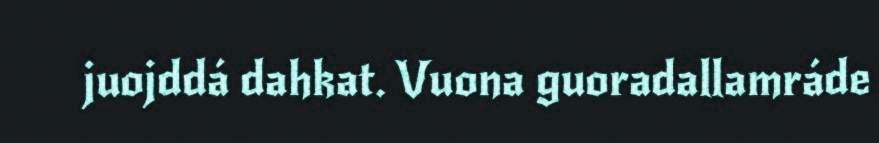
juojddá dahkat. Vuona guoradallamráde